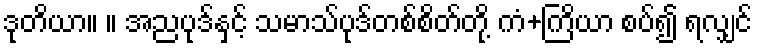
ဒုတိယာ။ ။ အညပုဒ်နှင့် သမာသ်ပုဒ်တစ်စိတ်တို့ ကံ+ကြိယာ စပ်၍ ရလျှင်